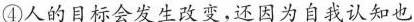
4人的目标会发生改变，还因为自我认知也